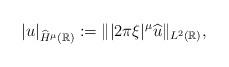
LaTeX: \begin{align*}|u|_{\widehat{H}^\mu(\mathbb{R})}:=\||2\pi\xi|^\mu \widehat{u}\|_{L^2(\mathbb{R})},\end{align*}